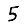
Digit: 5